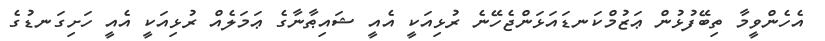
އެހެންވީމާ ތިބޭފުޅުން ޢަޒުމްކަނޑައަޅަންޖެހޭނެ ރުޅިއަކީ އެއީ ޝައިޠާނާގެ ޢަމަލެއް ރުޅިއަކީ އެއީ ހަށިގަނޑުގެ